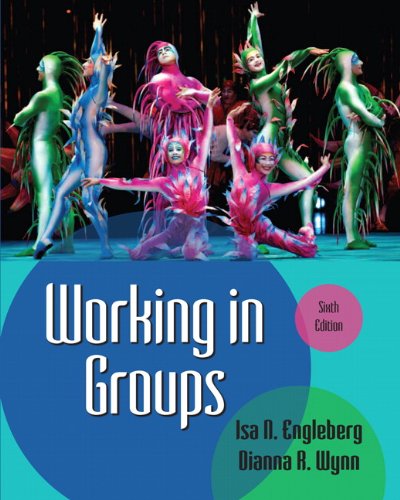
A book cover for Working in Groups (6th Edition); Isa N. Engleberg; Humor & Entertainment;